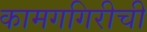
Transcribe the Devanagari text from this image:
कामगगिरीची